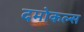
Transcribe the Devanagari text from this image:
दमोकल्स